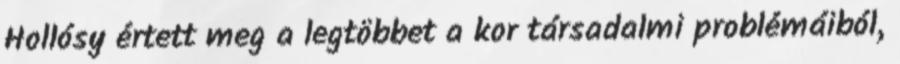
Hollósy értett meg a legtöbbet a kor társadalmi problémáiból,